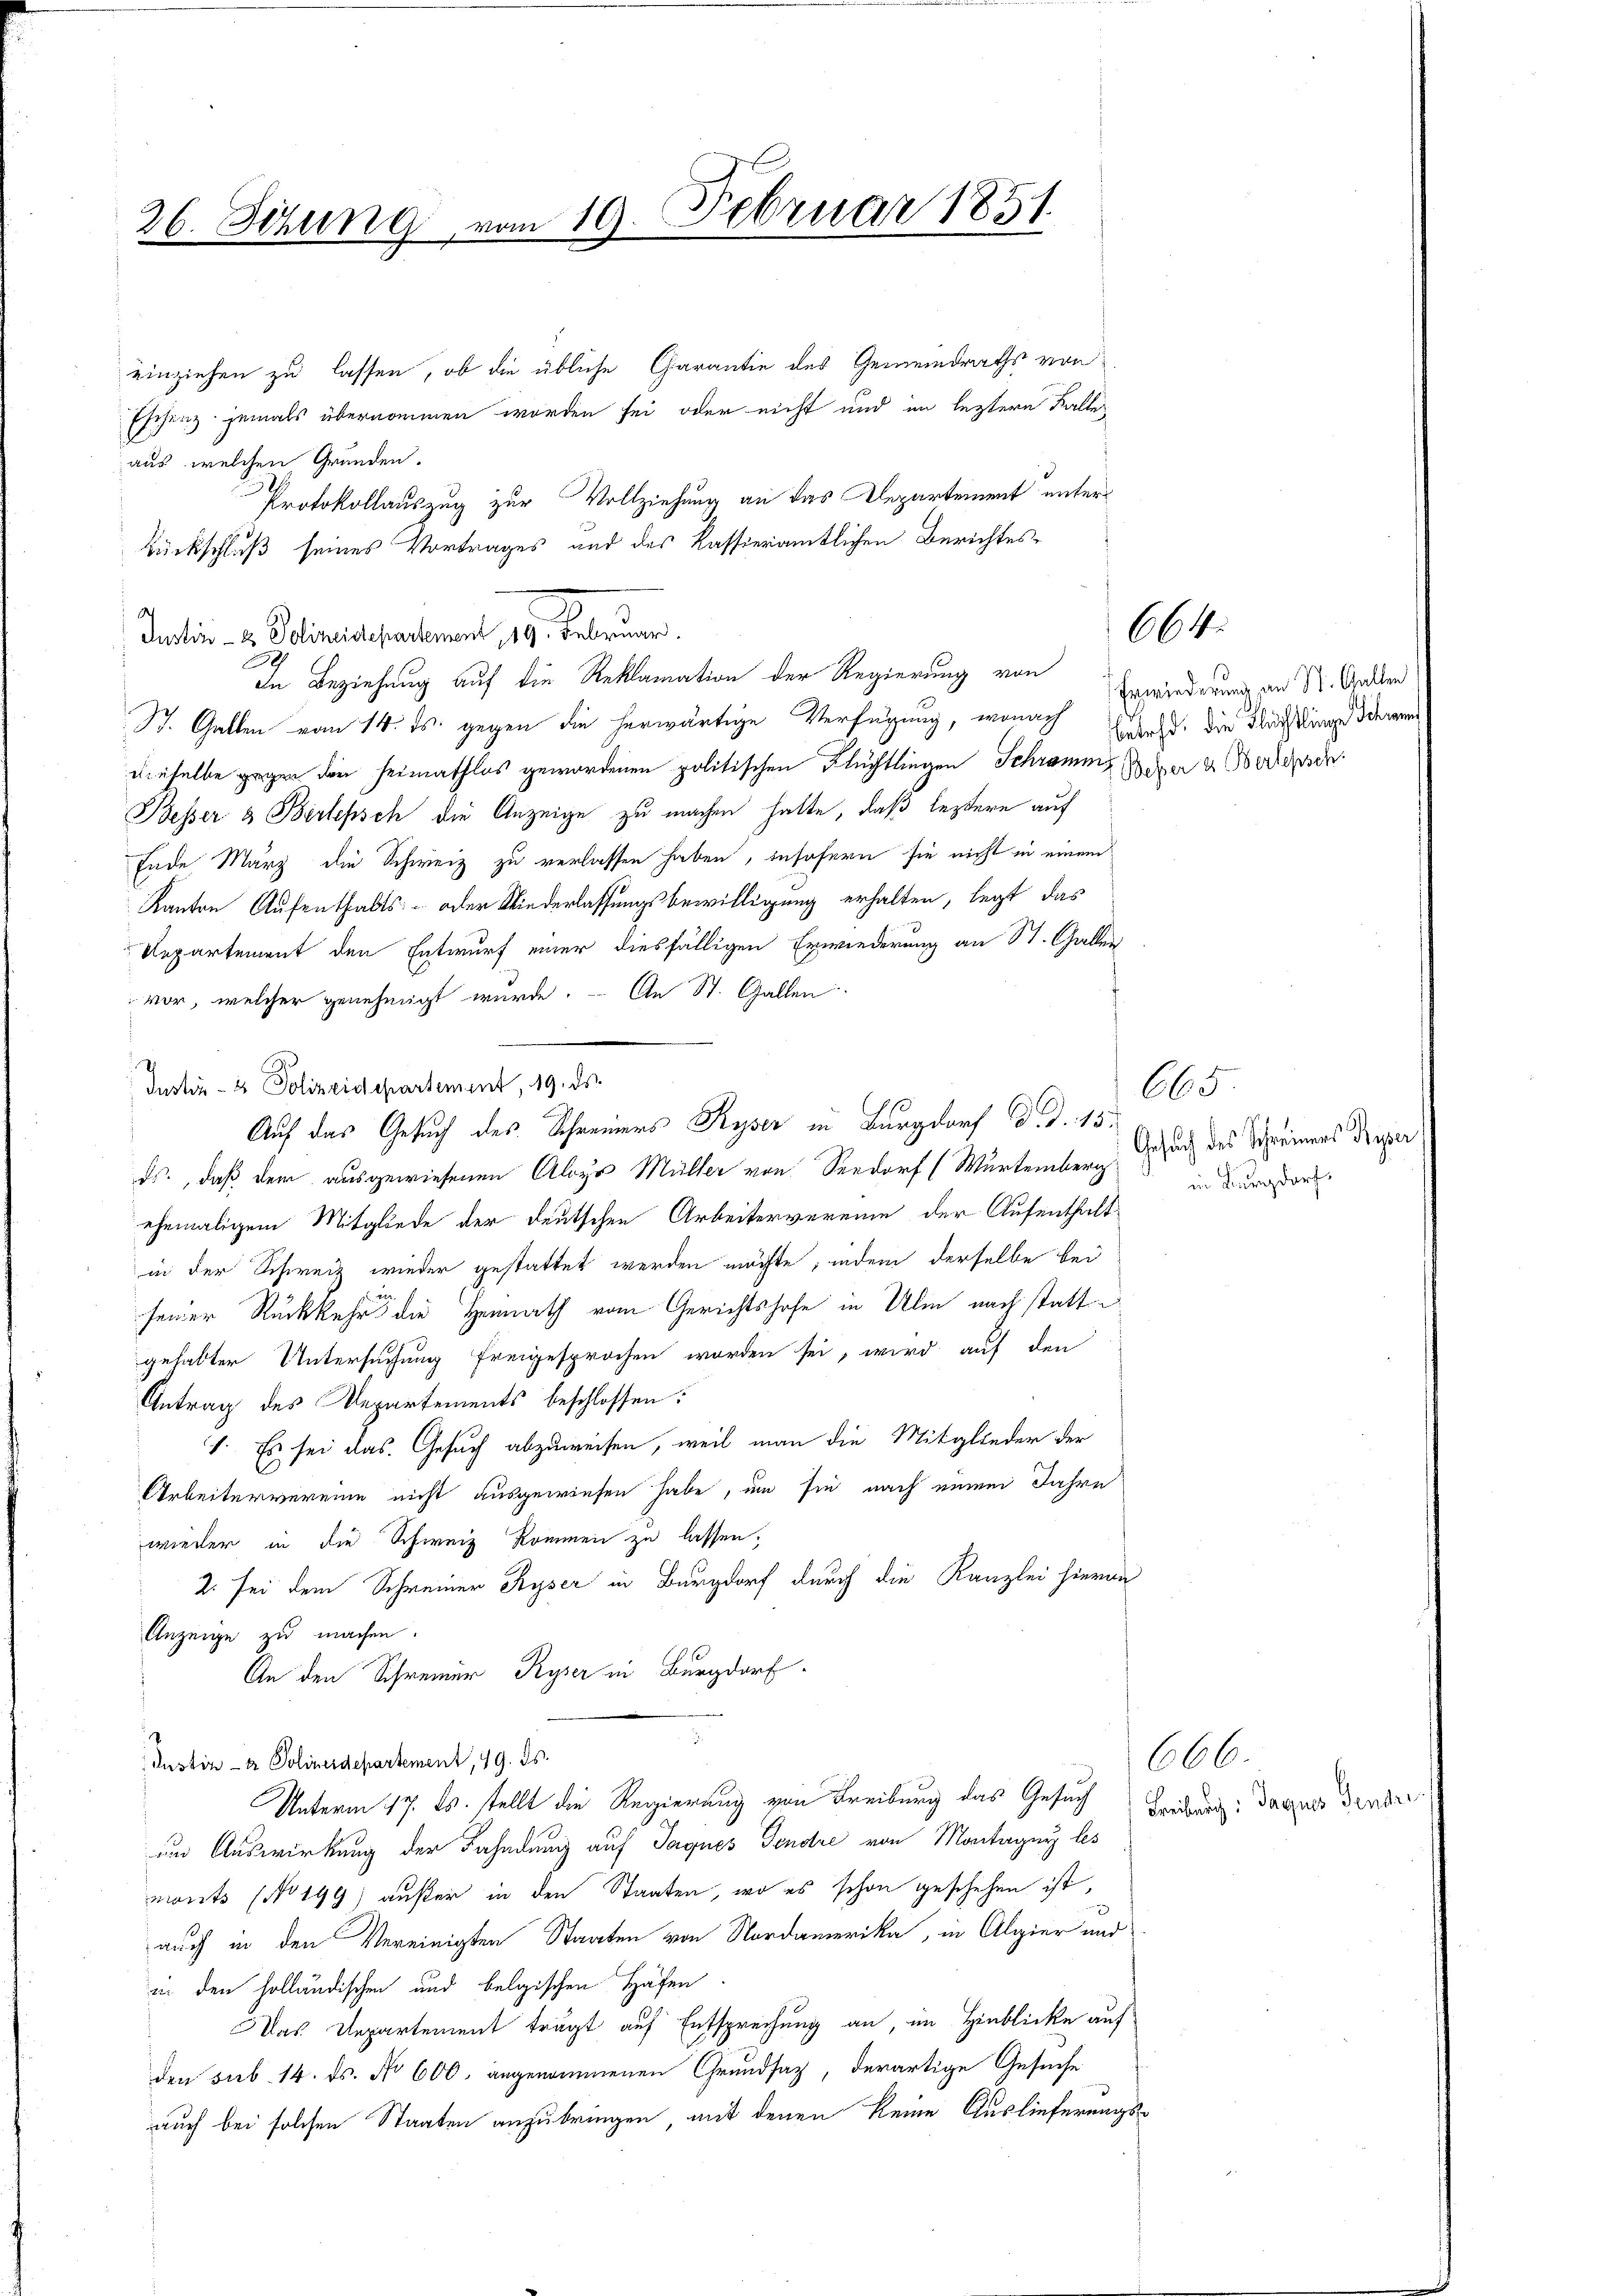
26. Sizung vom 19. Februar 1851.

einziehen zu lassen, ob die übliche Carantie des Gemeindraths von
Eschenz jemals übernommen worden sei oder nicht und im leztere Falle
aus, welchen Grunden.
Protokollauszug zur Vollziehung an das Departement unter¬
Rückschluß seines Vortrages und des kassieramtlichen Berichtes
Prantin - u. Polizeidepartement 189. Februar
39
In Beziehung auf die Reklamation der Regierung von
St. Gallen vom 14. ds. gegen die herwärtige Verfügung, wonach Ehest, die Flücklinge oderun
dieselbe gegen den Heimathlos gewordenen politischen Flüchtlingen Schramms der u. erlesen
Besser & Bertepsch die Anzeige zu machen hatte, daß leztere auf
Ende März die Schweiz zu verlassen haben, insofern sie nicht in einem
Kanton Aufenthalts- oder Niederlassungsbewilligung erhalten, legt das
Uepartement den Entwurf einer diesfälligen Erwiederung an St. Gallen
vor, welcher genehmigt wurde. - An St. Gallen
Instiz- & Polizeidepartement, 19. ds.
ds., daß dem ausgewiesenen Aloys Müller von Seedorf (Würtemberg
ehemaligem Mitgliede der deutschen Arbeitervereine der Aufenthaltin der Schweiz wieder gestattet werden möchte, indem derselbe bei
seiner Rückkehr die Heimath vom Gerichtshofe in Ulm nach statte
gehabter Untersuchung freigesprochen worden sei, wird auf den
Antrag des Departements beschlossen:
1. Es sei das Gesuch abzuweisen, weil man die Mitglieder der
Arbeitervereine nicht ausgewiesen habe, um sie nach einem Jahre
wieder in die Schweiz kommen zu lassen,
Z. sei dem Schweiner Styser in Burgdorf durch die Kanzlei hieron
Anzeige zu machen.
An den Schreiner Ryser in Burgdorf
Justiz- & Polizeidepartement, 19. ds.
Unterm 17. ds. stellt die Regierung von Freiburg das Gesuch
um Auswirkung der Fahndung auf Sargnes Fendre von Montager les
monts (No 199) außer in den Staaten, wo es schon geschehen ist,
auch in den Vereinigten Staaten von Nordamerika, in Algier und
in den holländischen und belgischen Häfen
Das Departement trägt auf Entsprechung an, im Hinblicke auf
den sub. 14. ds. No 600. angenommenen Grundsaz, derartige Gesuche
auch bei solchen Staaten anzubringen, mit denen keine Auslieferungs-

Auf das Gesuch des Schreiners Ryser in Burgdorf d. d. 15.

64

Erwiederung an St. Gallen

665
Gesuch des Schreiners Ryser
in Burgdorf.

666.
Freibung: Jaques Gendre